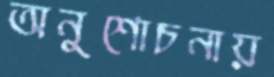
অনুশোচনায়